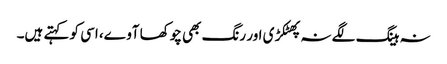
نہ ہینگ لگے نہ پھٹکڑی اور رنگ بھی چوکھا آوے، اسی کو کہتے ہیں۔